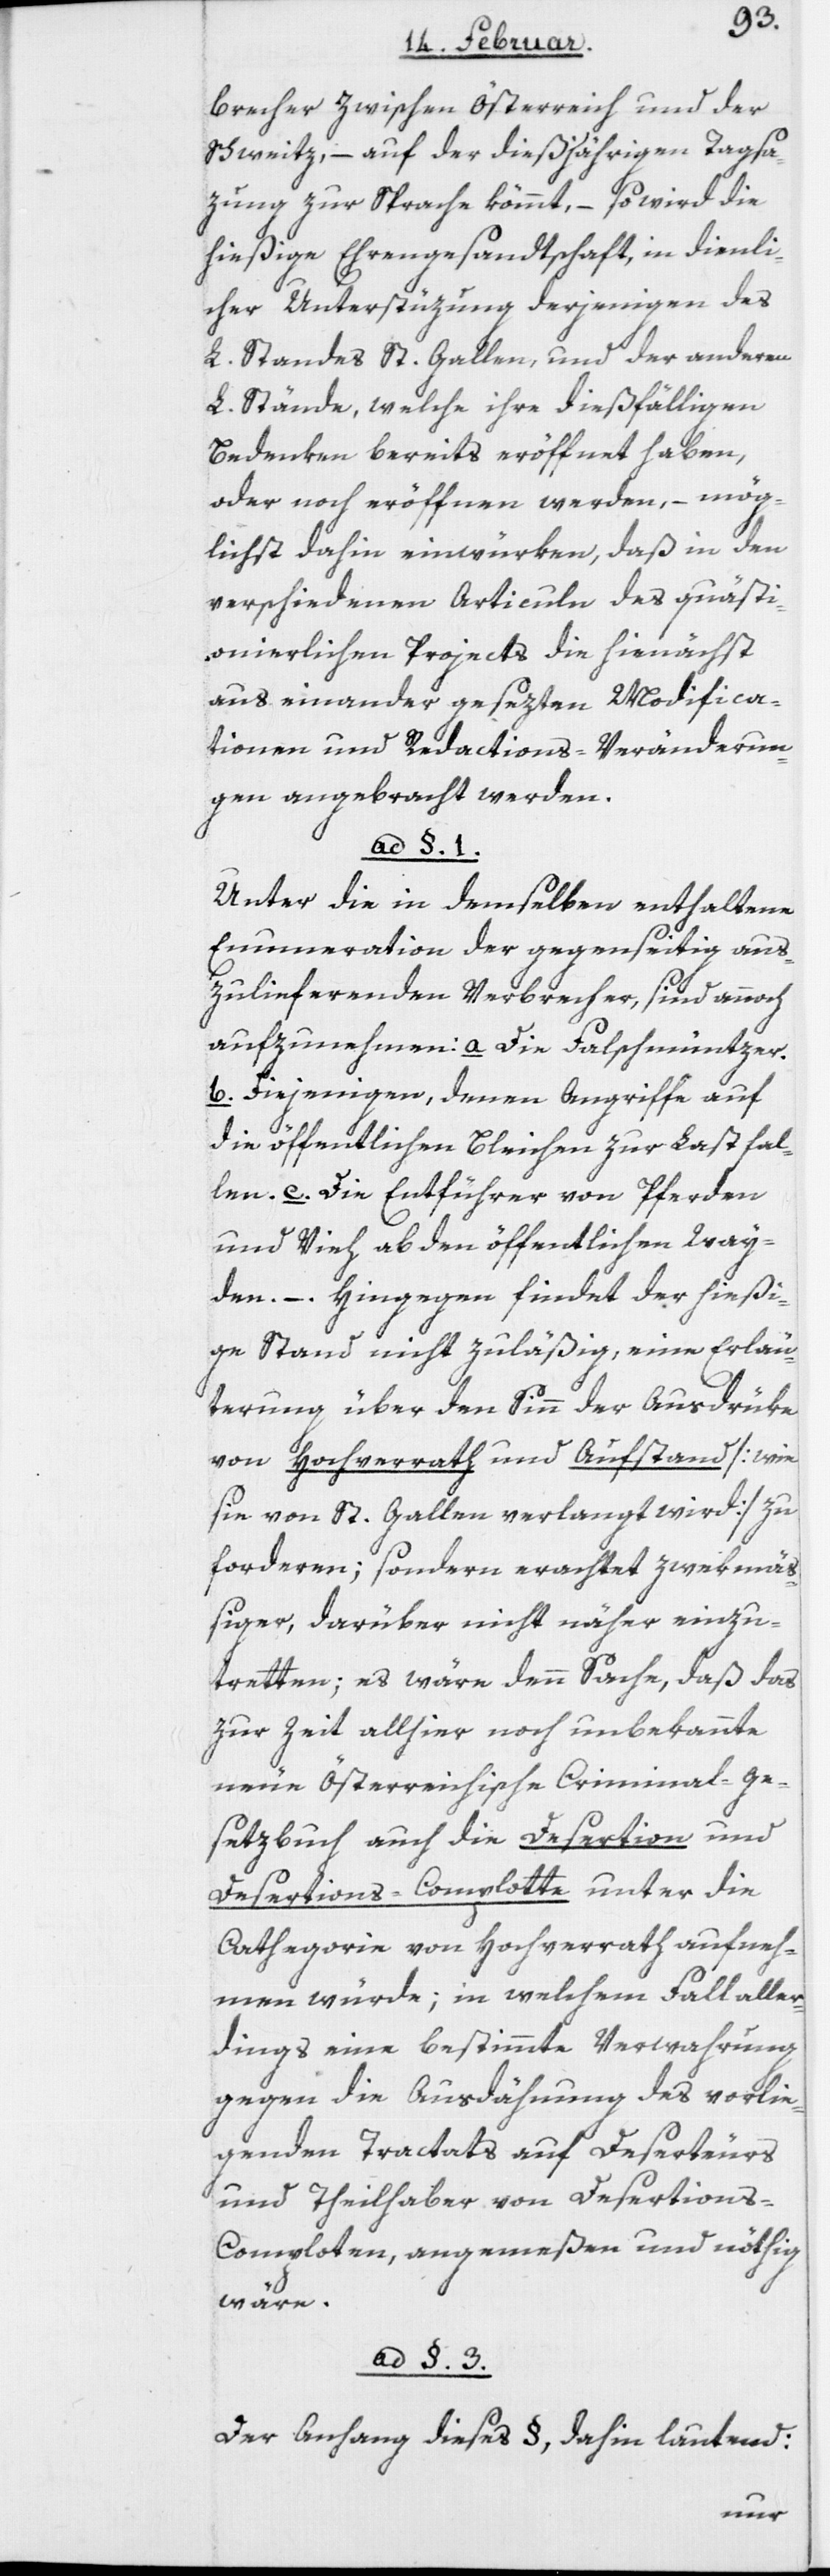
brecher zwischen Österreich und der
Schweiz, – auf der dießjährigen Tagsa¬
tzung zur Sprache kömmt, – so wird die
hießige Ehrengesandtschaft, in dienli¬
cher Unterstützung derjenigen des
L. Standes St. Gallen und der anderen
L. Stände, welche ihre dießfälligen
Bedenken bereits eröffnet haben,
oder noch eröffnen werden, – mög¬
lichst dahin einwürken, daß in den
verschiedenen Articuln des quästi¬
onierlichen Projects die hienächst
auseinander gesetzten Modifica¬
tionen und Redactions-Veränderun¬
gen angebracht werden.
ad §. 1.
Unter die in demselben enthaltene
Enumeration der gegenseitig aus¬
zuliefernden Verbrecher, sind annoch
aufzunehmen: a. Die Falschmüntzer.
b. Diejenigen, denen Angriffe auf
die öffentlichen Bleichen zur Last fal¬
len. c. Die Entführer von Pferden
und Vieh ab den öffentlichen Wei¬
den. – Hingegen findet der hießi¬
ge Stand nicht zuläßig, eine Erläu¬
terung über den Sinn der Ausdrüke
von Hochverrath und Aufstand [wie
sie von St. Gallen verlangt wird] zu
forderen; sondern erachtet zwekmäß¬
iger, darüber nicht näher einzu¬
tretten; es wäre denn Sache, daß das
zur Zeit allhier noch unbekannte
neue Österreichische Criminal-Ge¬
setzbuch auch die Desertion und
Desertions-Complotte unter die
Cathegorie von Hochverrath aufneh¬
men würde; in welchem Fall aller¬
dings eine bestimmte Verwahrung
gegen die Ausdähnung des vorlie¬
genden Tractats auf Deserteurs
und Theilhaber von Desertion¬
s-Comploten angemeßen und nöthig
wäre.
ad §. 3.
Der Anhang dieses §, dahin lautend: